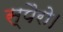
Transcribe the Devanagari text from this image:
स्पैरो।